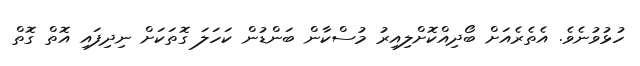
ހުޅުވުނެވެ. އެތެރެއަށް ބޯދިއްކޮށްލިއިރު މުސްކާން ބަންޑުން ކަހަލަ ގޮތަކަށް ނިދިފައި އޮތް ގޮތް